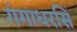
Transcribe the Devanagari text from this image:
गंगाधरसिं